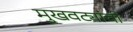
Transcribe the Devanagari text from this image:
मुखवट्यांची